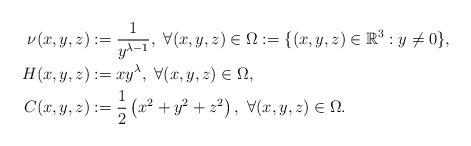
LaTeX: \begin{align*} \nu (x,y,z) &:= \dfrac{1}{y^{\lambda -1}} ,~\forall (x,y,z)\in \Omega:=\{(x,y,z)\in \mathbb{R}^{3}: y\neq 0 \},\\ H(x,y,z)&:= xy^{\lambda},~\forall (x,y,z)\in \Omega,\\ C(x,y,z)&:=\dfrac{1}{2}\left(x^2 +y^2 +z^2 \right),~\forall (x,y,z)\in \Omega.\end{align*}